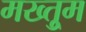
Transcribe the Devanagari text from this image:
मख्तुूम